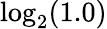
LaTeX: \log_{2}(1.0)